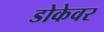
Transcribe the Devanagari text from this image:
डोकेवर